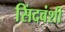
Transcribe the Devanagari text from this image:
सिंदवंशी